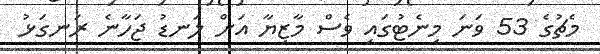
މެޗުގެ 53 ވަނަ މިނެޓުގައި ވެސް މާޒިޔާ އަށް ލަނޑު ޖަހާނެ ރަނގަޅު